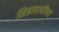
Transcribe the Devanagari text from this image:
निहलानींच्या